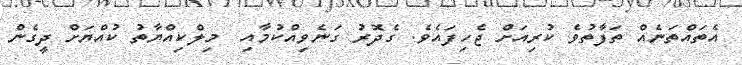
އެތައްތަނެއް ތަފާތުވެ ކުރިއަށް ޖެހިފައެވެ. ގެދޮރު ގަނެވިއްކުމާއި  މިލްކިއްޔާތު ކުއްޔަށް ދީގެން